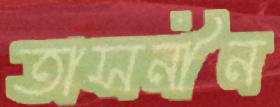
তাসনীন